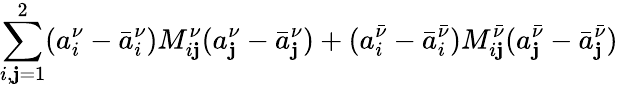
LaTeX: \sum_{i,\mathbf{j}=1}^{2}(a_{i}^{\nu}-\bar{{a}}_{i}^{\nu})M_{i\mathbf{j}}^{\nu}(a_{\mathbf{j}}^{\nu}-\bar{{a}}_{\mathbf{j}}^{\nu})+(a_{i}^{\bar{{\nu}}}-\bar{{a}}_{i}^{\bar{{\nu}}})M_{i\mathbf{j}}^{\bar{{\nu}}}(a_{\mathbf{j}}^{\bar{{\nu}}}-\bar{{a}}_{\mathbf{j}}^{\bar{{\nu}}})